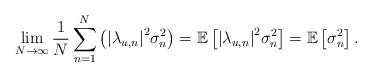
LaTeX: \begin{align*} \mathop {\lim }\limits_{N \to \infty } \frac{1}{N}\sum\limits_{n=1}^N {\left( {{{\left| {{\lambda _{u,n}}} \right|}^2}\sigma _n^2} \right)} = {\mathbb E}\left[ {{{\left| {{\lambda _{u,n}}} \right|}^2}\sigma _n^2} \right]= {\mathbb E}\left[ {\sigma _n^2} \right].\end{align*}